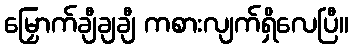
မြှောက်ချီချချီ ကစားလျက်ရှိလေပြီ။